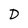
Character: D